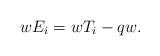
LaTeX: \begin{align*}wE_{i}= wT_{i} - qw.\end{align*}